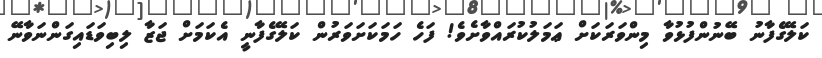
ކަލޭގެފާނު ބޭނުންފުޅުވާ މިންވަރަކަށް ޢަމަލުކުރައްވާށެވެ! ފަހެ ހަމަކަށަވަރުން ކަލޭގެފާނީ އެކަމަށް ޖަޒާ ލިބިވަޑައިގަންނަވާނޭ